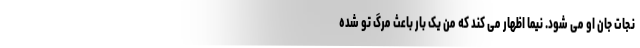
نجات جان او می شود. نیما اظهار می کند که من یک بار باعث مرگ تو شده